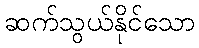
ဆက်သွယ်နိုင်သော